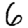
Digit: 6